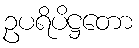
ဥပရိပိဋ္ဌတော